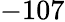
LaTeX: -107